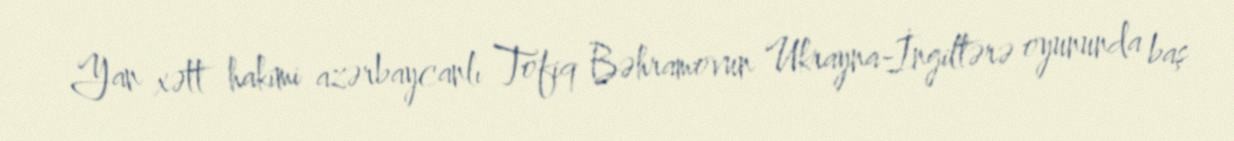
Yan xətt hakimi azərbaycanlı Tofiq Bəhramovun Ukrayna-İngiltərə oyununda baş